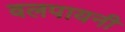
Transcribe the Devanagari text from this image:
वलपायनी